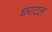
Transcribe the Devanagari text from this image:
धराटल